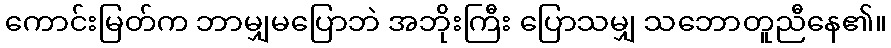
ကောင်းမြတ်က ဘာမျှမပြောဘဲ အဘိုးကြီး ပြောသမျှ သဘောတူညီနေ၏။